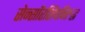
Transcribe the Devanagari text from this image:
सेन्सॉरशिपविरुद्ध